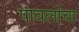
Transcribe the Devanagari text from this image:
पावलांचा